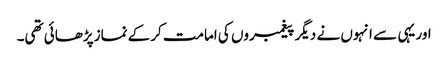
اور یہی سے انہوں نے دیگر پیغمبروں کی امامت کرکے نماز پڑھائی تھی۔